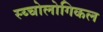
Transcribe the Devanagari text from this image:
स्य्चोलोगिकल